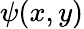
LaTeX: \psi(x,y)